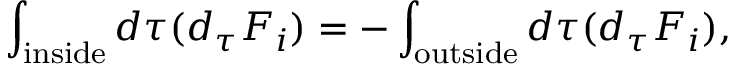
\int _ { \mathrm { i n s i d e } } d \tau ( d _ { \tau } F _ { i } ) = - \int _ { \mathrm { o u t s i d e } } d \tau ( d _ { \tau } F _ { i } ) ,